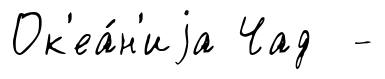
Ок'еа́н'иjа Чад -